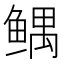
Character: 𱈂